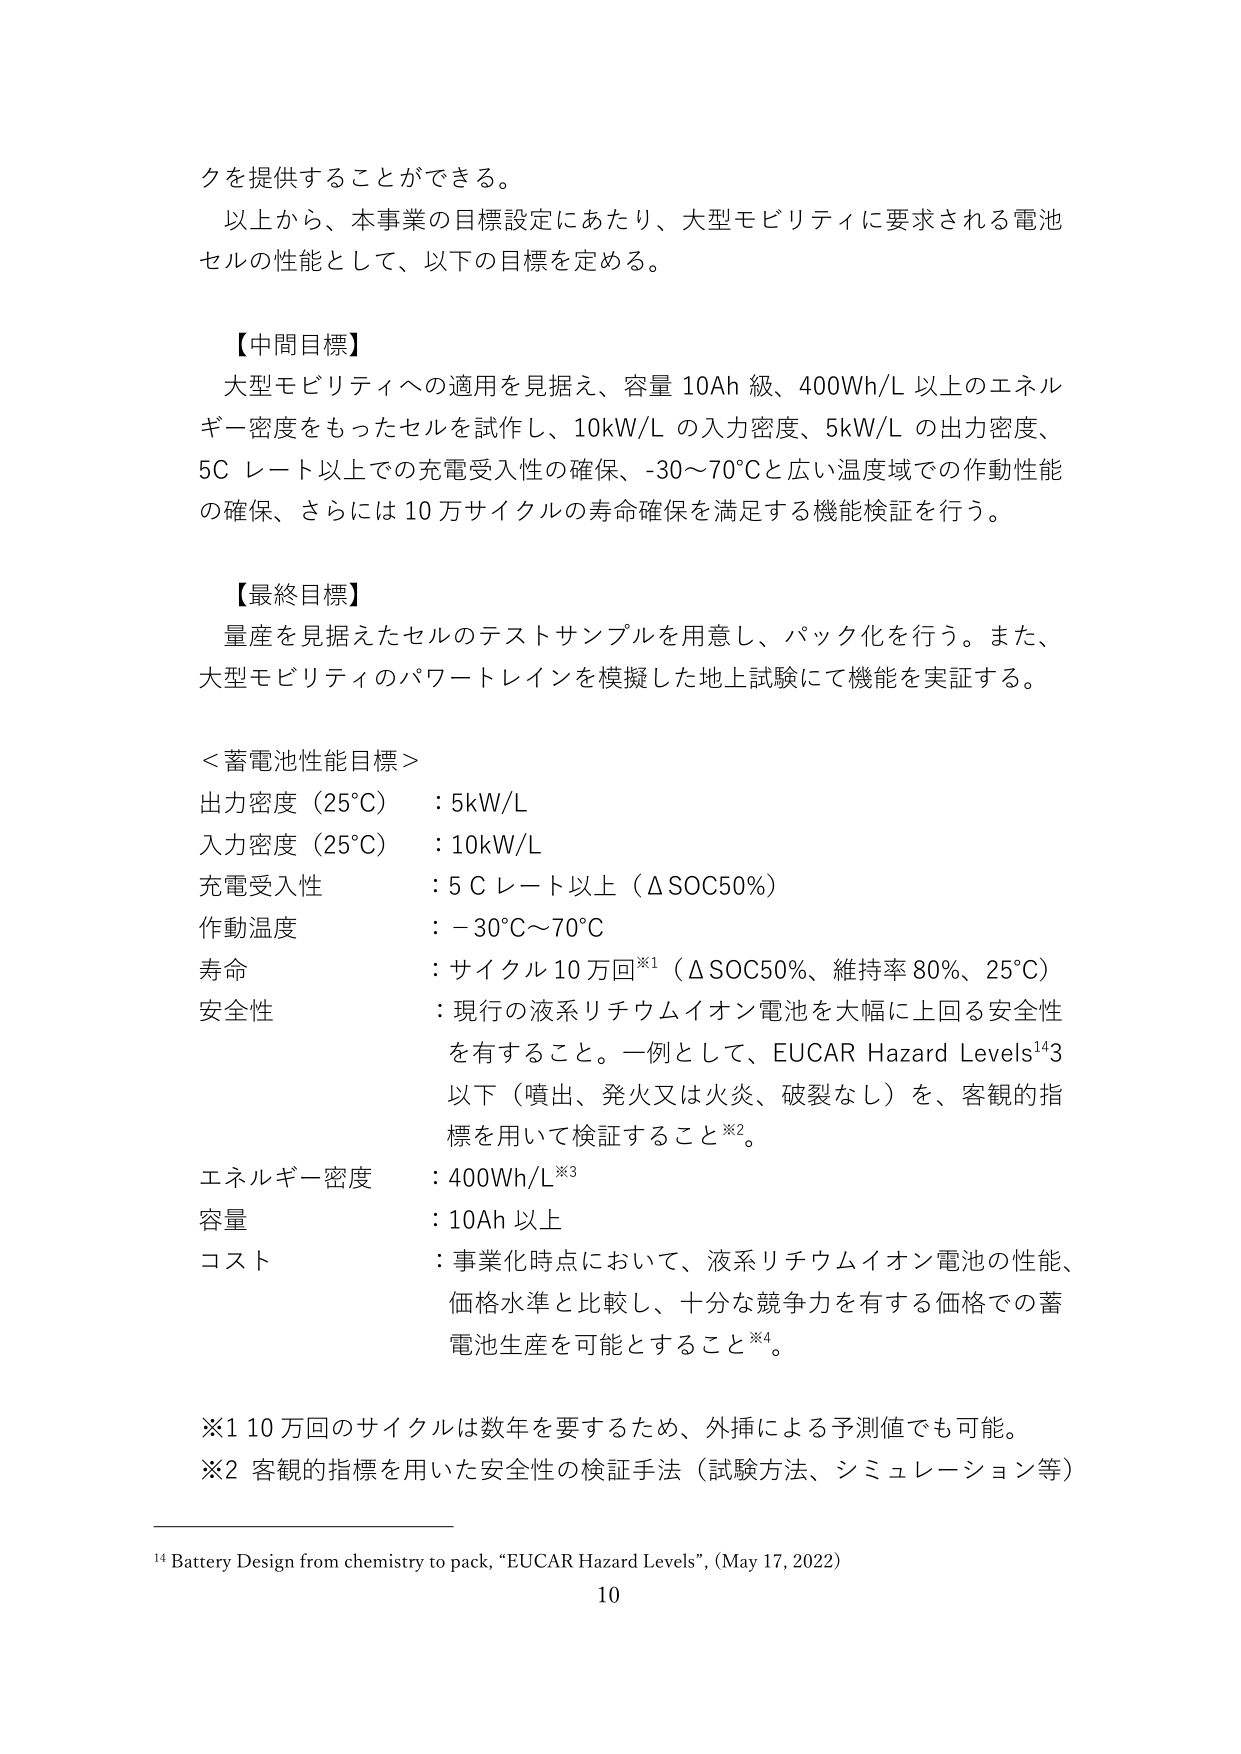
クを提供することができる。
以上から、本事業の目標設定にあたり、大型モビリティに要求される電池セルの性能として、以下の目標を定める。

【中間目標】
大型モビリティへの適用を見据え、容量 10Ah 級、400Wh/L 以上のエネルギー密度をもったセルを試作し、10kW/L の入力密度、5kW/L の出力密度、5C レート以上での充電受入性の確保、-30～70℃と広い温度域での作動性能の確保、さらには 10 万サイクルの寿命確保を満足する機能検証を行う。

【最終目標】
量産を見据えたセルのテストサンプルを用意し、パック化を行う。また、大型モビリティのパワートレインを模擬した地上試験にて機能を実証する。

＜蓄電池性能目標＞
出力密度（25℃）：5kW/L
入力密度（25℃）：10kW/L
充電受入性：5 C レート以上（ΔSOC50%）
作動温度：－30℃～70℃
寿命：サイクル 10 万回※1（ΔSOC50%、維持率 80%、25℃）
安全性：現行の液系リチウムイオン電池を大幅に上回る安全性を有すること。一例として、EUCAR Hazard Levels¹⁴³以下（噴出、発火又は火災、破裂なし）を、客観的指標を用いて検証すること※2。
エネルギー密度：400Wh/L※3
容量：10Ah 以上
コスト：事業化時点において、液系リチウムイオン電池の性能、価格水準と比較し、十分な競争力を有する価格での蓄電池生産を可能とすること※4。

※1 10 万回のサイクルは数年を要するため、外挿による予測値でも可能。
※2 客観的指標を用いた安全性の検証手法（試験方法、シミュレーション等）

¹⁴ Battery Design from chemistry to pack, “EUCAR Hazard Levels”, (May 17, 2022)
10